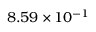
8 . 5 9 \times 1 0 ^ { - 1 }